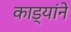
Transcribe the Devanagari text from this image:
काड्यांने